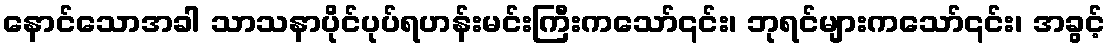
နောင်သောအခါ သာသနာပိုင်ပုပ်ရဟန်းမင်းကြီးကသော်၎င်း၊ ဘုရင်များကသော်၎င်း၊ အခွင့်